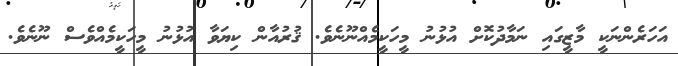
އަހަރެންނަކީ މާޒީގައި ނަމާދުކޮށް އުޅުނު މީހަކީމެއްނޫނެވެ. ޤުރުއާން ކިޔަވާ އުޅުނު މީހަކީމެއްވެސް ނޫނެވެ.